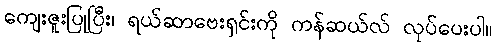
ကျေးဇူးပြုပြီး၊ ရယ်ဆာဗေးရှင်းကို ကန်ဆယ်လ် လုပ်ပေးပါ။